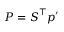
P = \boldsymbol { S } ^ { \intercal } p ^ { \prime }